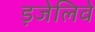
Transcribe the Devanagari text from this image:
ड़जेलिवे